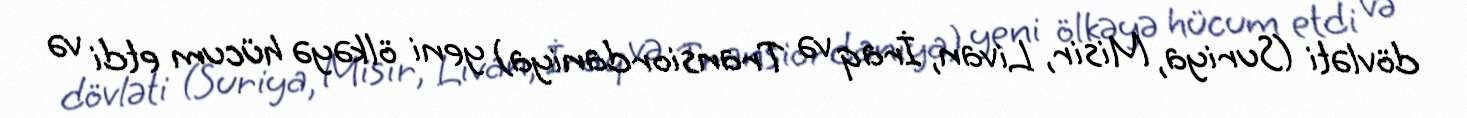
dövləti (Suriya, Misir, Livan, İraq və Transiordaniya) yeni ölkəyə hücum etdi və